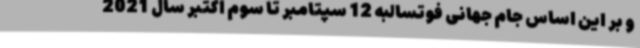
و بر این اساس جام جهانی فوتسالبه 12 سپتامبر تا سوم اکتبر سال 2021